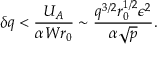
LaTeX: \delta q < { \frac { U _ { A } } { \alpha W r _ { 0 } } } \sim { \frac { q ^ { 3 / 2 } r _ { 0 } ^ { 1 / 2 } \epsilon ^ { 2 } } { \alpha \sqrt { p } } } .